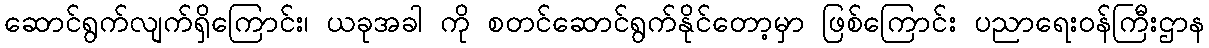
ဆောင်ရွက်လျက်ရှိကြောင်း၊ ယခုအခါ ကို စတင်ဆောင်ရွက်နိုင်တော့မှာ ဖြစ်ကြောင်း ပညာရေးဝန်ကြီးဌာန